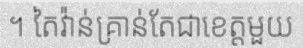
។ តៃវ៉ាន់គ្រាន់តែជាខេត្តមួយ